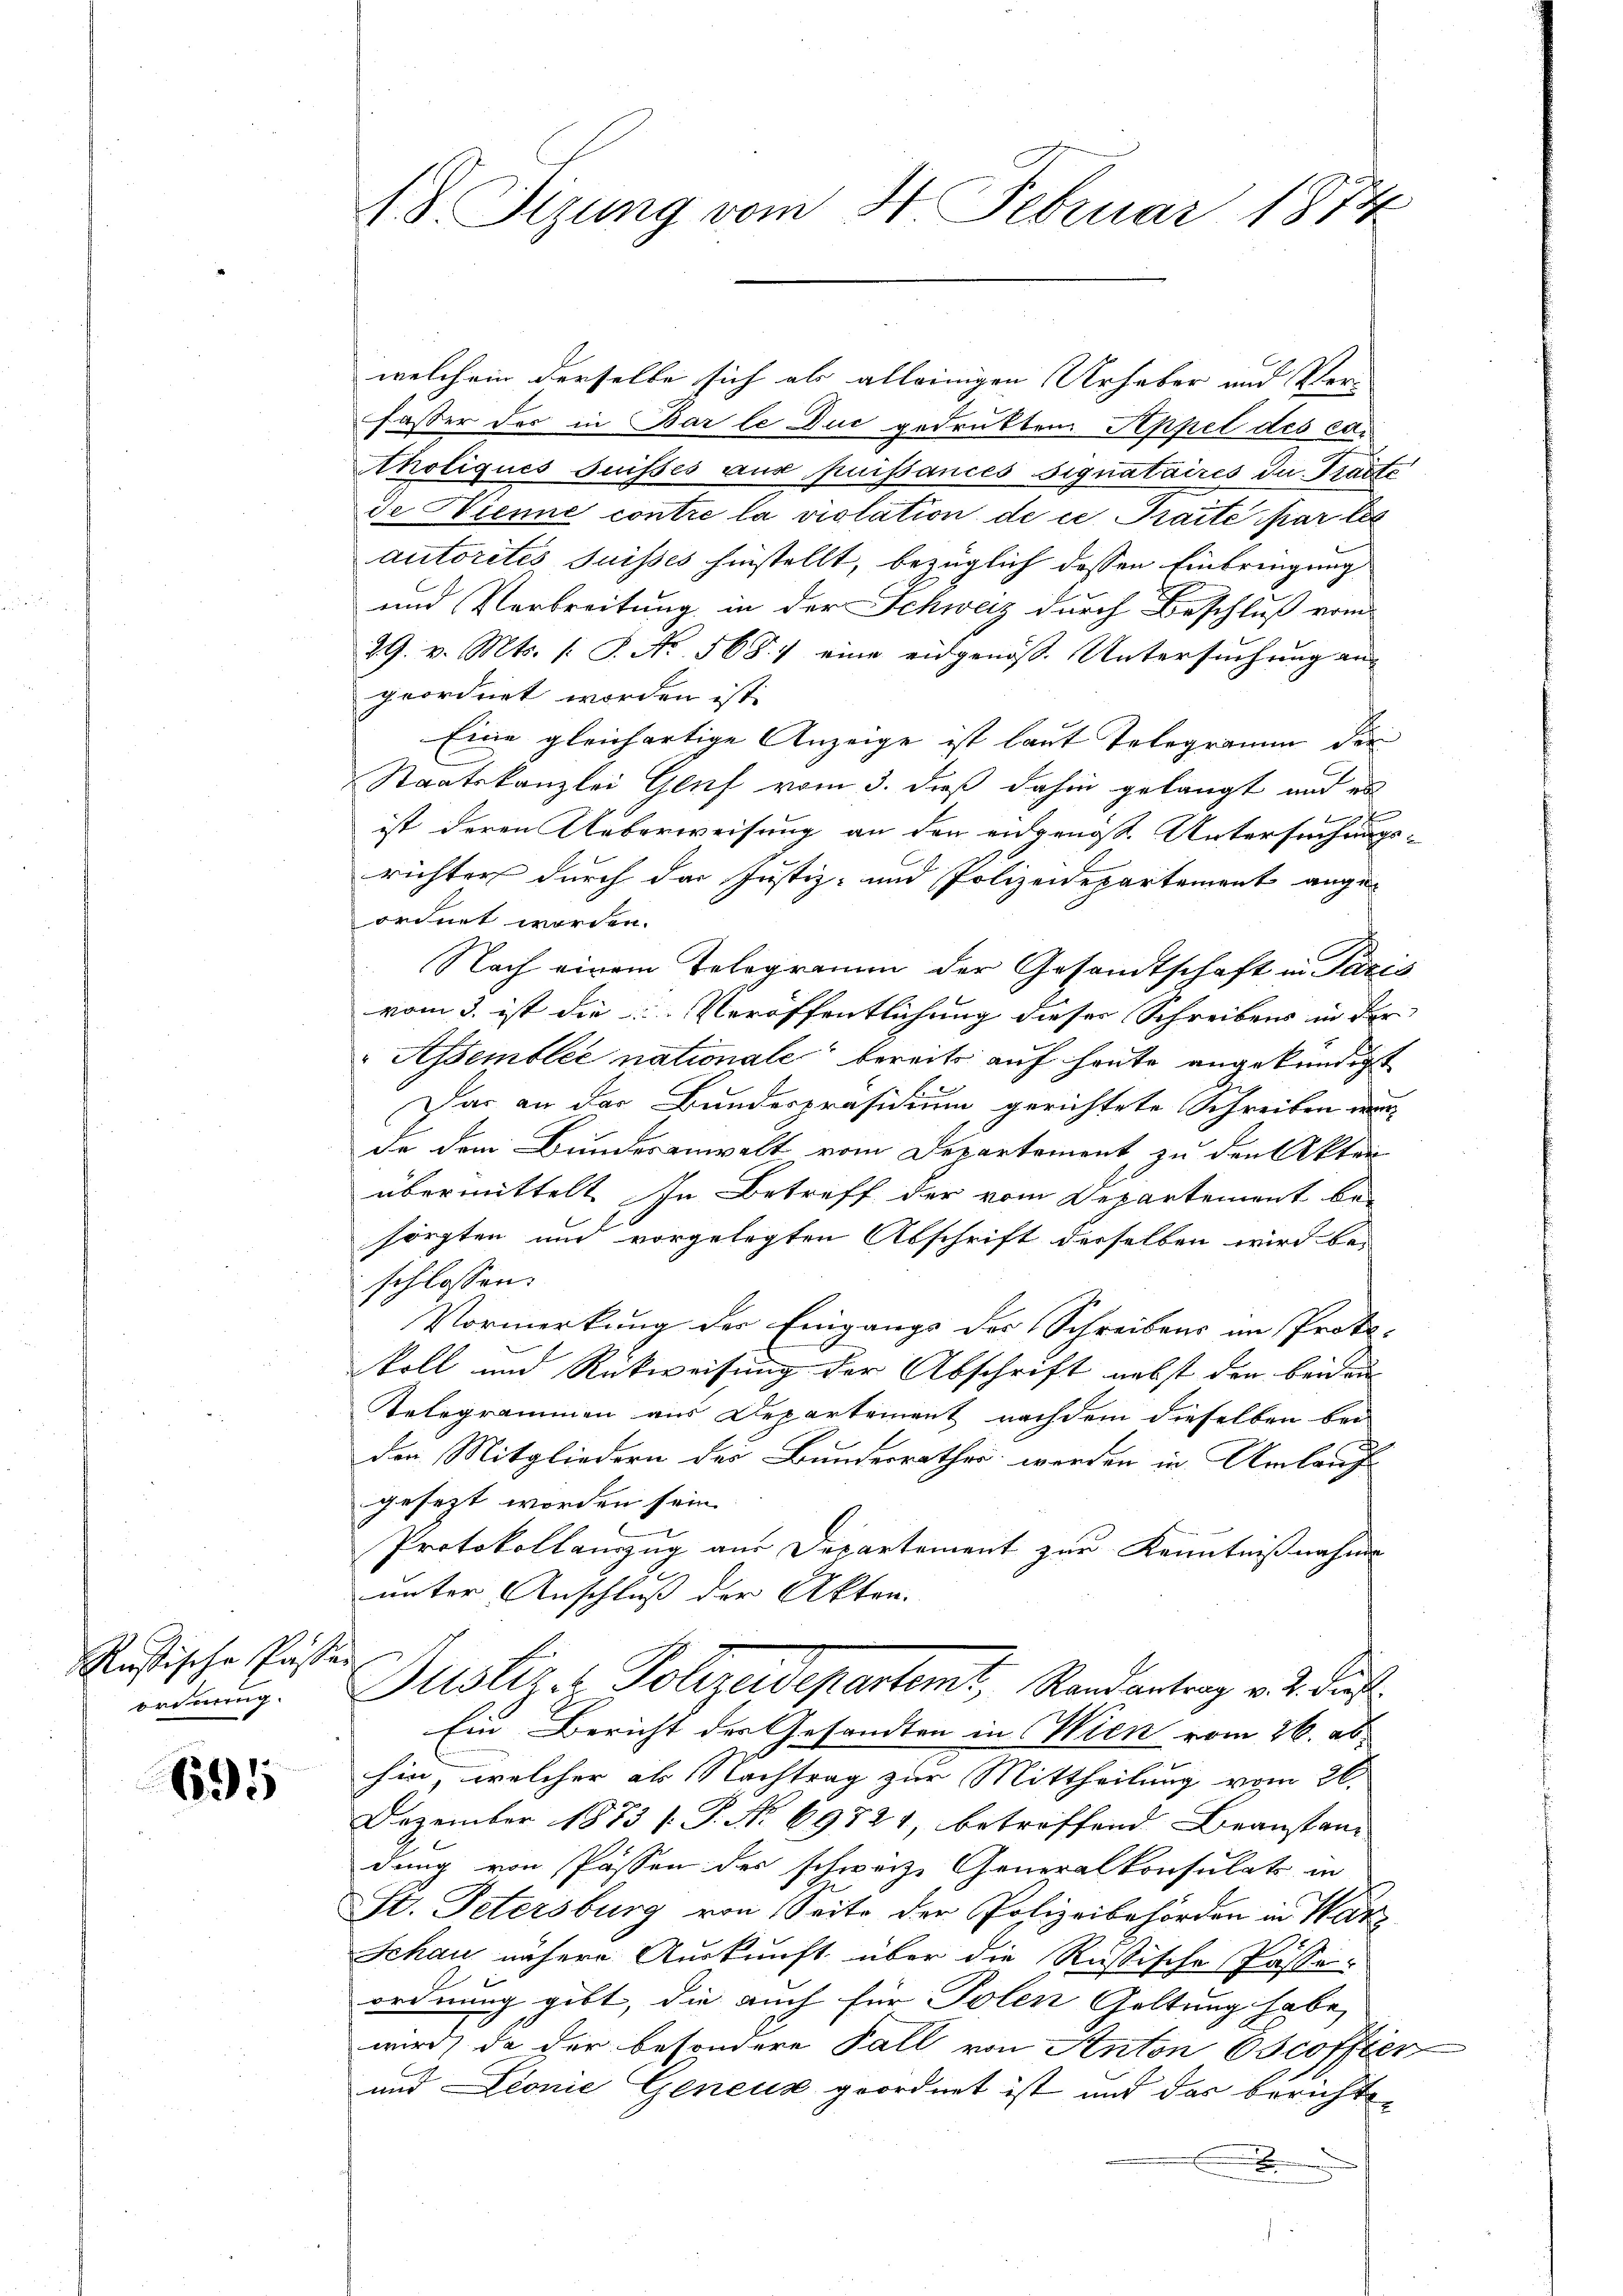
kussische Gester
ordnung.

695

18 Sizung vom 4. Februar 1874

welchem derselbe sich als alleinigen Urhaber und Verfasser der in Bar le Duc gedrukten Appel des cor
holiques Suisses aus puissances signataires du Präste
de Hienne contre la violation de ce Traite par les
autorités suisses hinstellt, bezüglich dessen Einbringung
und Verbreitung in der Schweiz durch Beschluß vom
29. v. Mts. (: P. Nr. 568. 7 eine eidgenöß. Untersuchung an
geordnet worden ist.
Eine gleichartige Anzeige ist laut Telegramm die
Staatskanzlei Gluf vom 3. daß dahin gelangt aus er

ist deren Ueberweisung an den eidgenos. Untersuchungs-
richter durch der Justiz- und Polizeidepartement angeordnet worden.
Nach einem Telegramm der Gesamtschaft in Paris
vom 3. ist die Veröffentlichung dieser Schreibens in der
Assembler nationale bereits auf heute angekündigt
Dar an der Bundespräsidium gerichtete Schreiben ein
de dem Bundesanwalt vom Departement zu den Akten
übermittelt. In Betreff der vom Departement be-
sorgten und vorgelegten Abschrift derselben wird be-
schlossen:
Vormerkung der Eingangs des Schreibens am Proto-
koll und Rückweisung der Abschrift nebst den beiden
Telegrammen aus Departement nachdem dieselben bei
den Mitgliedern des Bundesrathes werden in Umlauf
gesezt worden sein.
Protokollauszug aus Departement zur Kenntnißnahme
unter Anschluß der Akten.
Justiz- & Polizeidepartamt, Randantrag v. 2. Fuß.
Ein Bericht der Gesandten in Wien vom 26. ab
hin, welcher als Nachtrag zur Mittheilung vom 26.
Dezember 1873 [P. No 69721, betreffend Beanstan- |
dung von Passen der schweiz. Generalkonsulats in
St. Petersburg von Seite der Polizeibehörden in Kar¬
Schau nähere Auskunft über die Russische Pässeordnung gibt, die auch für Polen Geltung habe,
wird, da der besondere Fall von Anton Oscoffter
und Leonie Geneus geordnet ist und das berichts¬
2